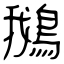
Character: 鵝